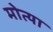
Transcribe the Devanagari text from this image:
मोत्या